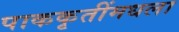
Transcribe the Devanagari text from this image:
पाककृतींमधला